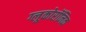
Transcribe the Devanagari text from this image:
ग्लूकोरॉनिक